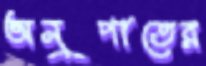
অনুপাতের